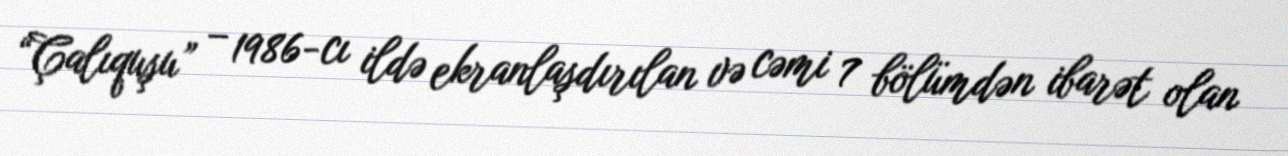
“Çalıquşu” – 1986-cı ildə ekranlaşdırılan və cəmi 7 bölümdən ibarət olan